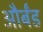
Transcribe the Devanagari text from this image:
और्बंड